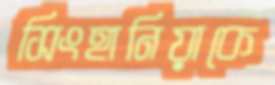
সিংহানিয়াকে